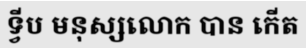
ទ្វីប មនុស្សលោក បាន កើត